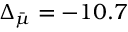
\Delta _ { \bar { \mu } } = - 1 0 . 7